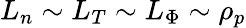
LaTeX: L_{n}\sim L_{T}\sim L_{\Phi}\sim\rho_{p}